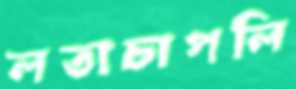
লতাচাপলি